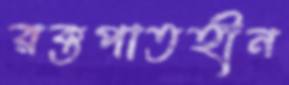
রক্তপাতহীন